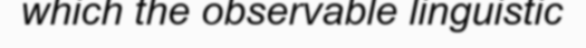
which the observable linguistic